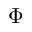
\Phi